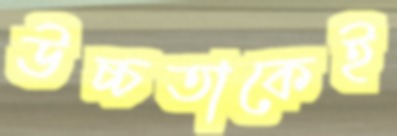
উচ্চতাকেই